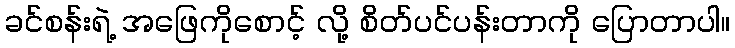
ခင်စန်းရဲ့ အဖြေကိုစောင့် လို့ စိတ်ပင်ပန်းတာကို ပြောတာပါ။